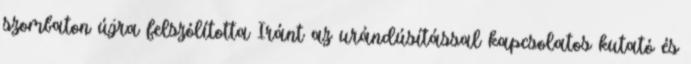
szombaton újra felszólította Iránt az urándúsítással kapcsolatos kutató és